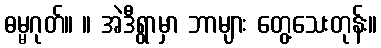
ဓမ္မဂုတ်။ ။ အဲဒီရွာမှာ ဘာများ တွေ့သေးတုန်း။